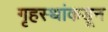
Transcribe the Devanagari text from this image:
गृहस्थांकडून